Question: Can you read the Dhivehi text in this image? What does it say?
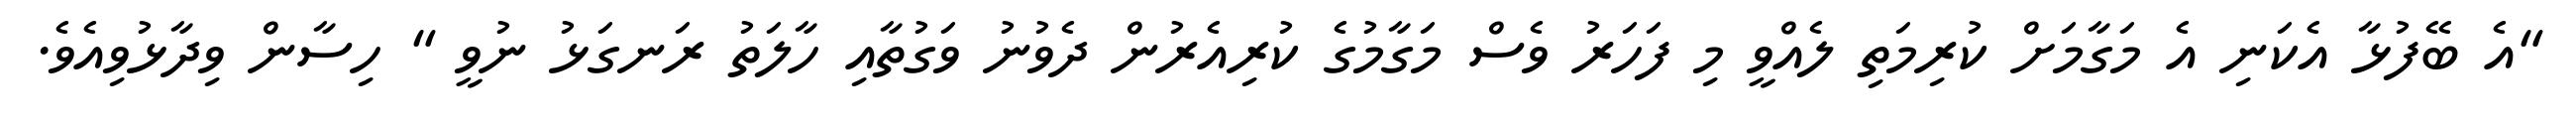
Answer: "އެ ބޭފުޅާ އެކަނި އެ މަގާމަށް ކުރިމަތި ލެއްވީ މި ފަހަރު ވެސް މަގާމުގެ ކުރިއެރުން ދެވުނު ވަގުތާއި ހާލަތު ރަނގަޅު ނުވީ " ހިސާން ވިދާޅުވިއެވެ.